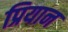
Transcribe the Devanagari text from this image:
प्रियान